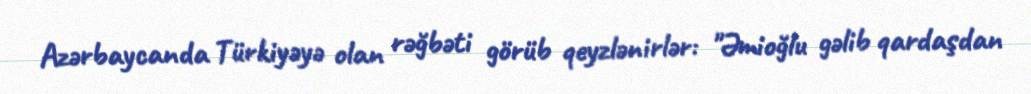
Azərbaycanda Türkiyəyə olan rəğbəti görüb qeyzlənirlər: "Əmioğlu gəlib qardaşdan